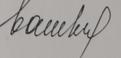
Signature authenticity: forged